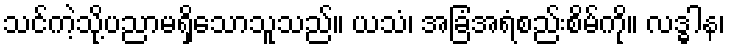
သင်ကဲ့သို့ပညာမရှိသောသူသည်။ ယသံ၊ အခြံအရံစည်းစိမ်ကို။ လဒ္ဓါန၊